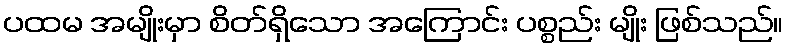
ပထမ အမျိုးမှာ စိတ်ရှိသော အကြောင်း ပစ္စည်း မျိုး ဖြစ်သည်။